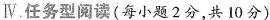
Ⅳ.任务型阅读（每小题2分，共 10分）